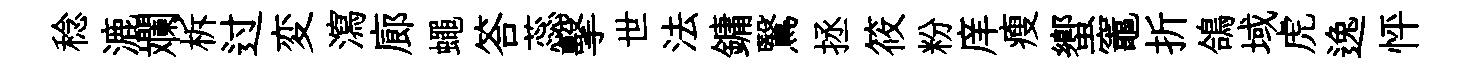
稔漉斕柝过変瀉廊蠅答蕊擊世法鏞鷖拯筱粉庠瘦蠁竈折鴿域虎逸怦